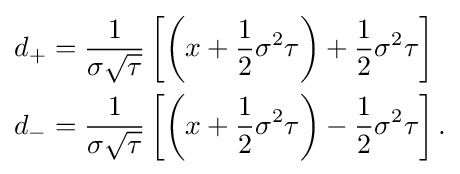
{\begin{aligned}d_{+}&={\frac {1}{\sigma {\sqrt {\tau }}}}\left[\left(x+{\frac {1}{2}}\sigma ^{2}\tau \right)+{\frac {1}{2}}\sigma ^{2}\tau \right]\\d_{-}&={\frac {1}{\sigma {\sqrt {\tau }}}}\left[\left(x+{\frac {1}{2}}\sigma ^{2}\tau \right)-{\frac {1}{2}}\sigma ^{2}\tau \right].\end{aligned}}